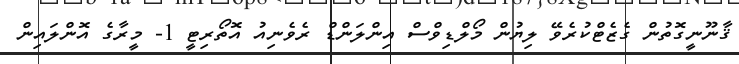
ޤާނޫނީގޮތުން ގެޒެޓްކުރެވޭ ލިޔުން މޯލްޑިވްސް އިންލަންޑް ރެވެނިއު އޮތޯރިޓީ 1- މީރާގެ އޮންލައިން